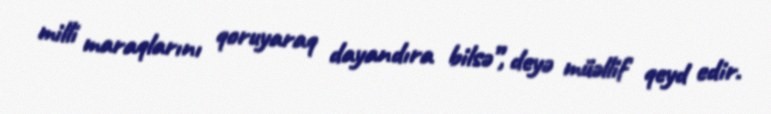
milli maraqlarını qoruyaraq dayandıra bilsə”, deyə müəllif qeyd edir.